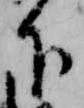
下